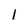
Character: 1